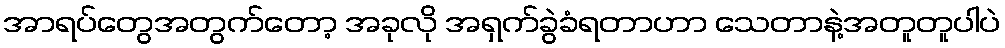
အာရပ်တွေအတွက်တော့ အခုလို အရှက်ခွဲခံရတာဟာ သေတာနဲ့အတူတူပါပဲ